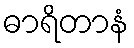
ဓာရိတာနံ